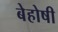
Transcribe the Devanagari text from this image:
बेहोषी